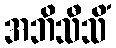
အဘိသီသိံ